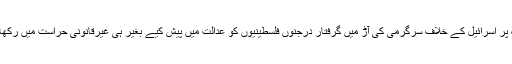
فیس بک پر اسرائیل کے خلاف سرگرمی کی آڑ میں گرفتار درجنوں فلسطینیوں کو عدالت میں پیش کیے بغیر ہی غیرقانونی حراست میں رکھا گیا ہے۔